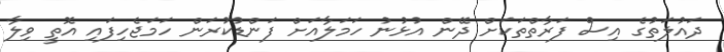
ދައުލަތުގެ އިސް ފަރާތްތަކަށް ދޭން އުޅުނު ހަމަލާއަށް ފަންޑުކުރަން ހަމަޖެހިފައި އޮތީ ވިލާ